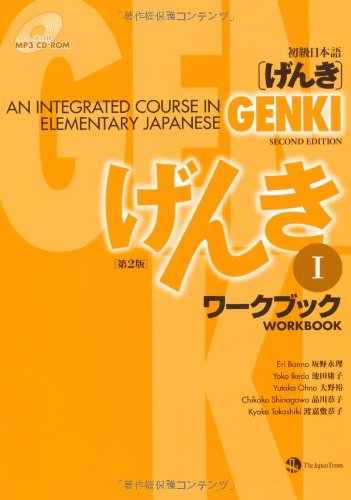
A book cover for Genki: An Integrated Course in Elementary Japanese Workbook I [Second Edition] (Japanese Edition); Eri Banno; Reference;